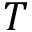
T